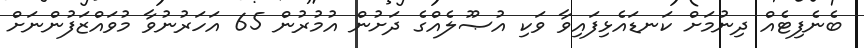
ބެނެފިޓެއް ދިނުމަށް ކަނޑައެޅިފައިވާ ވަކި އުޞޫލެއްގެ ދަށުން އުމުރުން 65 އަހަރުނުވާ މުވައްޒަފުންނަށް